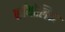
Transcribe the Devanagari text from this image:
कॉथोलिक